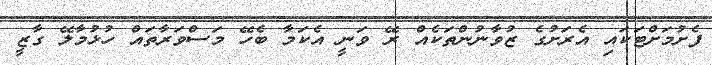
ފެށުމަށްޓަކައި އެރަށުގެ ޒުވާނުންތަކެއް ރޭ ވަނީ އެކަމާ ބެހޭ މަސްވަރާތައް ހުޅުމާލޭ ގާޒީ